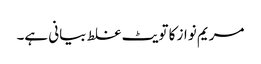
مریم نواز کا تویٹ غلط بیانی ہے۔